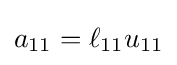
{\textstyle a_{11}=\ell _{11}u_{11}}